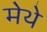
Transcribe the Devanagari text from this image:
मेथे